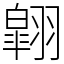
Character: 翶